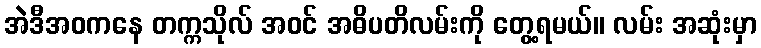
အဲဒီအဝကနေ တက္ကသိုလ် အဝင် အဓိပတိလမ်းကို တွေ့ရမယ်။ လမ်း အဆုံးမှာ